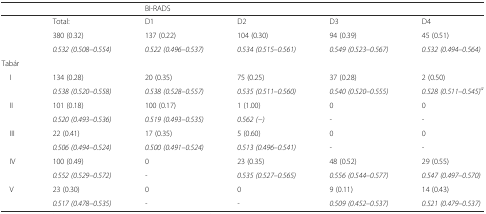
<table><thead><tr><td colspan="2"></td><td colspan="4"><b>BI-RADS</b></td></tr></thead><tbody><tr><td></td><td>Total:</td><td>D1</td><td>D2</td><td>D3</td><td>D4</td></tr><tr><td rowspan="2"></td><td>380 (0.32)</td><td>137 (0.22)</td><td>104 (0.30)</td><td>94 (0.39)</td><td>45 (0.51)</td></tr><tr><td><i>0.532 (0.508–0.554)</i></td><td><i>0.522 (0.496–0.537)</i></td><td><i>0.534 (0.515–0.561)</i></td><td><i>0.549 (0.523–0.567)</i></td><td><i>0.532 (0.494–0.564)</i></td></tr><tr><td>Tabár</td><td></td><td></td><td></td><td></td><td></td></tr><tr><td rowspan="2"> I</td><td>134 (0.28)</td><td>20 (0.35)</td><td>75 (0.25)</td><td>37 (0.28)</td><td>2 (0.50)</td></tr><tr><td><i>0.538 (0.520–0.558)</i></td><td><i>0.538 (0.528–0.557)</i></td><td><i>0.535 (0.511–0.560)</i></td><td><i>0.540 (0.520–0.555)</i></td><td><i>0.528 (0.511–0.545)</i><sup><i>a</i></sup></td></tr><tr><td rowspan="2"> II</td><td>101 (0.18)</td><td>100 (0.17)</td><td>1 (1.00)</td><td>0</td><td>0</td></tr><tr><td><i>0.520 (0.493–0.536)</i></td><td><i>0.519 (0.493–0.535)</i></td><td><i>0.562 (−)</i></td><td><i>-</i></td><td><i>-</i></td></tr><tr><td rowspan="2"> III</td><td>22 (0.41)</td><td>17 (0.35)</td><td>5 (0.60)</td><td>0</td><td>0</td></tr><tr><td><i>0.506 (0.494–0.524)</i></td><td><i>0.500 (0.491–0.524)</i></td><td><i>0.513 (0.496–0.541)</i></td><td><i>-</i></td><td><i>-</i></td></tr><tr><td rowspan="2"> IV</td><td>100 (0.49)</td><td>0</td><td>23 (0.35)</td><td>48 (0.52)</td><td>29 (0.55)</td></tr><tr><td><i>0.552 (0.529–0.572)</i></td><td><i>-</i></td><td><i>0.535 (0.527–0.565)</i></td><td><i>0.556 (0.544–0.577)</i></td><td><i>0.547 (0.497–0.570)</i></td></tr><tr><td rowspan="2"> V</td><td>23 (0.30)</td><td>0</td><td>0</td><td>9 (0.11)</td><td>14 (0.43)</td></tr><tr><td><i>0.517 (0.478–0.535)</i></td><td><i>-</i></td><td><i>-</i></td><td><i>0.509 (0.452–0.537)</i></td><td><i>0.521 (0.479–0.537)</i></td></tr></tbody></table>